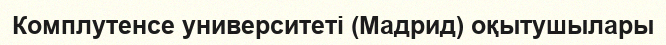
Комплутенсе университеті (Мадрид) оқытушылары